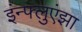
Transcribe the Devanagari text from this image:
इंन्फ्लुएंझा